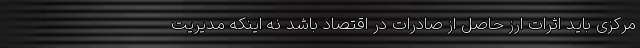
مرکزی باید اثرات ارز حاصل از صادرات در اقتصاد باشد نه اینکه مدیریت